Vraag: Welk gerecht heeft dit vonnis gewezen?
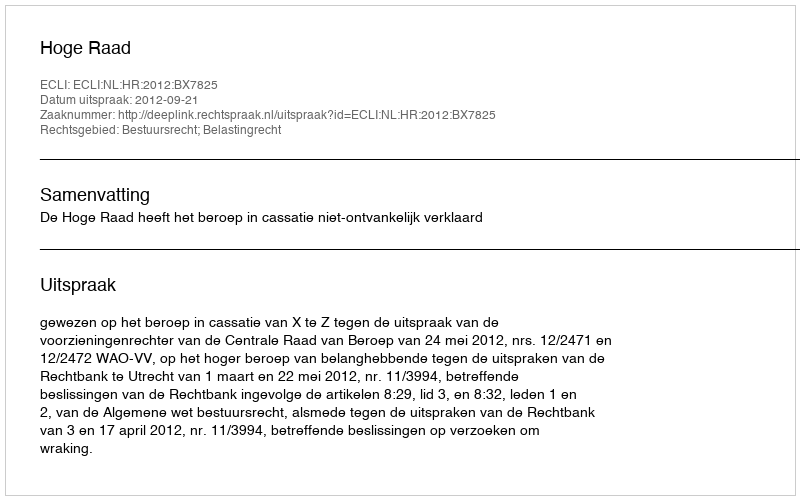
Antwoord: Hoge Raad